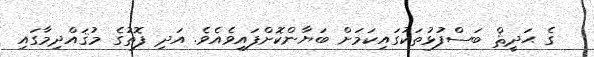
ގެ ޙަދީޘް ބަސްފުޅުތަކުގައިކަމަށް ބަޔާންކޮށްފައިވެއެވެ. އަދި ފޮތުގެ މުޤައްދިމާގައި